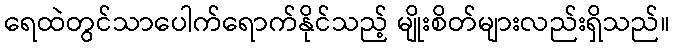
ရေထဲတွင်သာပေါက်ရောက်နိုင်သည့် မျိုးစိတ်များလည်းရှိသည်။